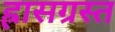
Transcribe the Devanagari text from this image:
ह्रासग्रस्त